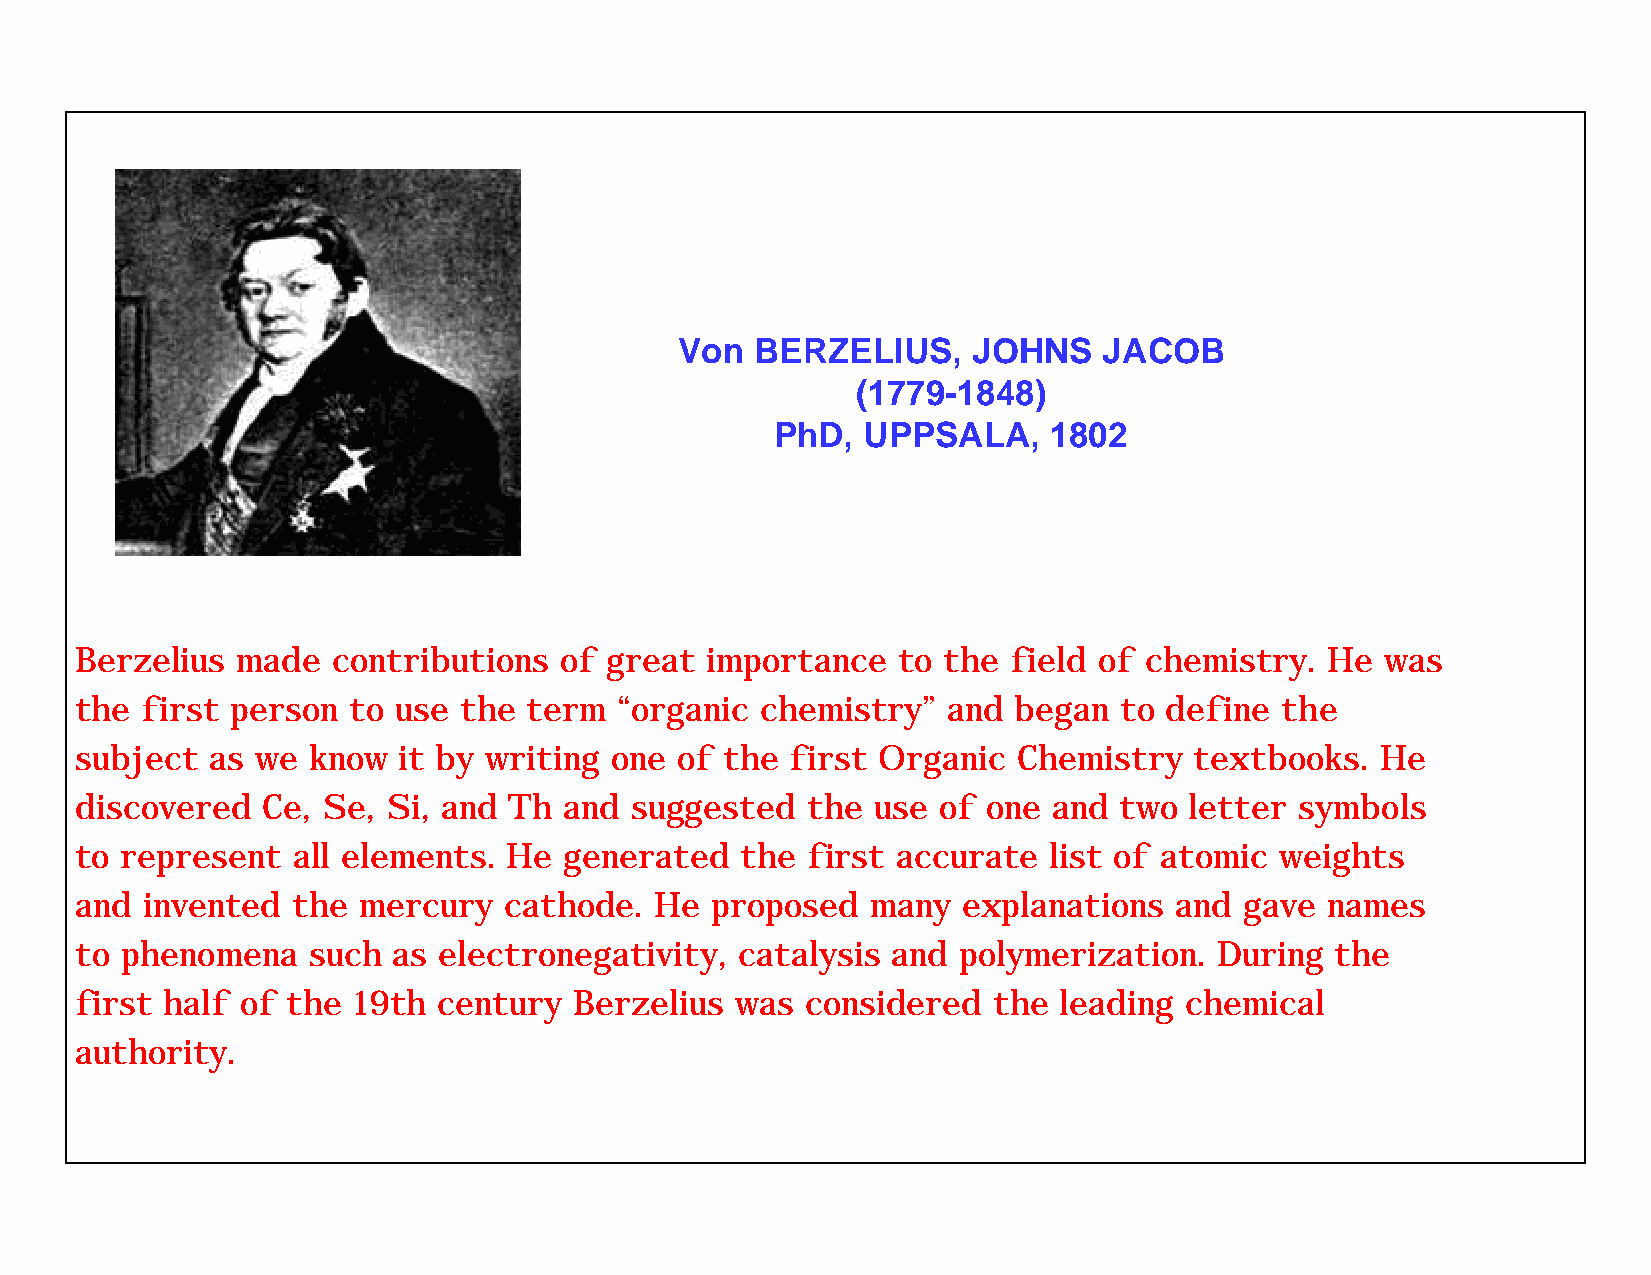
Von  BERZELIUS,    JOHNS    JACOB
 (1779-1848)
 PhD,  UPPSALA,    1802
 Berzelius  made  contributions  of great  importance  to the  field of chemistry.  He  was
 the first person  to use the  term  “organic chemistry”   and began  to define  the
 subject  as we know  it by writing one  of the first Organic  Chemistry   textbooks.  He
 discovered  Ce, Se,  Si, and Th and  suggested  the  use of one  and two  letter symbols
 to represent  all elements.  He generated   the first accurate  list of atomic  weights
 and invented  the  mercury  cathode.  He  proposed   many  explanations  and gave  names
 to phenomena   such  as electronegativity,  catalysis and polymerization.   During the
 first half of the 19th  century  Berzelius  was considered   the leading chemical
 authority.